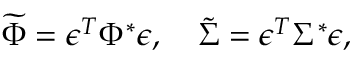
\widetilde { \Phi } = \epsilon ^ { T } \Phi ^ { * } \epsilon , \quad \widetilde { \Sigma } = \epsilon ^ { T } \Sigma ^ { * } \epsilon ,